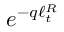
e ^ { - q \ell _ { t } ^ { R } }